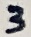
Text: 3